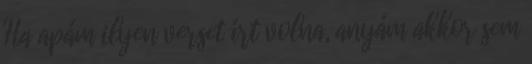
Ha apám ilyen verset írt volna, anyám akkor sem